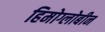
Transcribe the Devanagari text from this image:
हिमोग्लोबीन